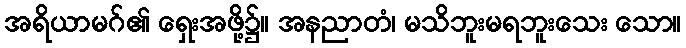
အရိယာမဂ်၏ ရှေးအဖို့၌။ အနညာတံ၊ မသိဘူးမရဘူးသေး သော။